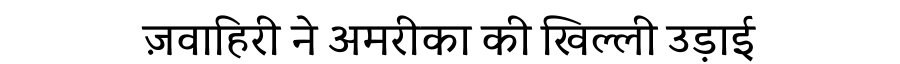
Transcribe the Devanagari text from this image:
ज़वाहिरी ने अमरीका की खिल्ली उड़ाई